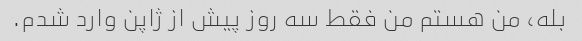
بله، من هستم من فقط سه روز پیش از ژاپن وارد شدم.